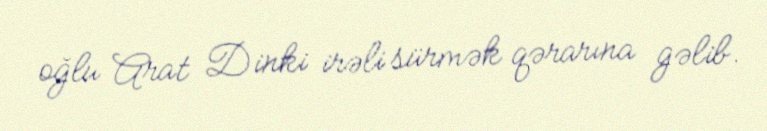
oğlu Arat Dinki irəli sürmək qərarına gəlib.